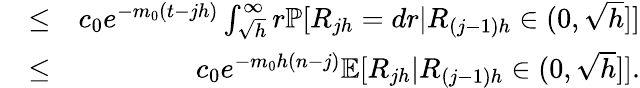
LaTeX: \begin{array}{rlr}&{\le}&{c_{0}e^{-m_{0}(t-jh)}\int_{\sqrt{h}}^{\infty}r\mathbb{P}[R_{jh}=dr|R_{(j-1)h}\in(0,\sqrt{h}]]}\\ &{\le}&{c_{0}e^{-m_{0}h(n-j)}\mathbb{E}[R_{jh}|R_{(j-1)h}\in(0,\sqrt{h}]].}\end{array}